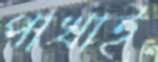
পাখাই